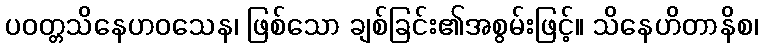
ပဝတ္တသိနေဟဝသေန၊ ဖြစ်သော ချစ်ခြင်း၏အစွမ်းဖြင့်။ သိနေဟိတာနိစ၊